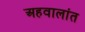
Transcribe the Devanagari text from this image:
अहवालांत